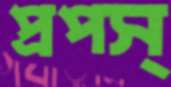
প্রপস্